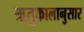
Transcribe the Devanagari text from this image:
ऋतुकालानुसार